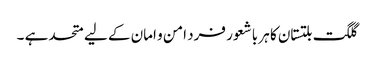
گلگت بلتستان کا ہر با شعور فرد امن و امان کے لیے متحد ہے ۔